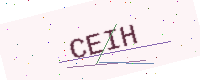
Text: CEIH